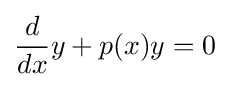
{\frac {d}{dx}}y+p(x)y=0